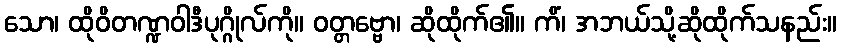
သော၊ ထိုဝိတဏ္ဍဝါဒီပုဂ္ဂိုလ်ကို။ ဝတ္တဗ္ဗော၊ ဆိုထိုက်၏။ ကိံ၊ အဘယ်သို့ဆိုထိုက်သနည်း။